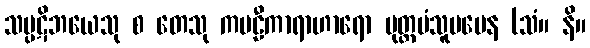
သပ္ပဋိဘယေသု စ တေသု ကဗဠီကာရာဟာရော ပုတ္တမံသူပမေန (သံ။ နိ။